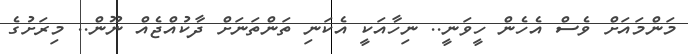
މަންމައަށް ވެސް އެހެން ހީވަނީ.. ނިހާއަކީ އެކަނި ތަންތަނަށް ދާކުއްޖެއް ނޫން.. މިރަށުގެ